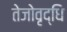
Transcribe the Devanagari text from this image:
तेजोवृद्धि